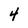
Character: 4